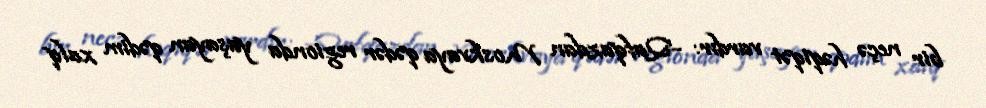
bir neçə həqiqət vardır: -Qafqazdan Moskvaya qədər regionda yaşayan qədim xalq